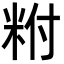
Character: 𥹃